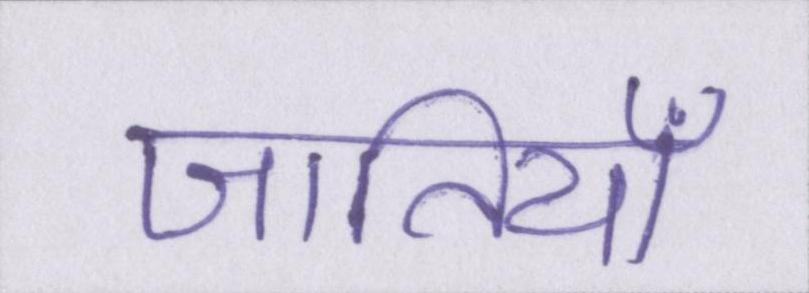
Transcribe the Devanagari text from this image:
जातियाँ